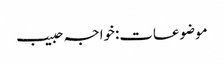
موضوعات:خواجہ حبیب